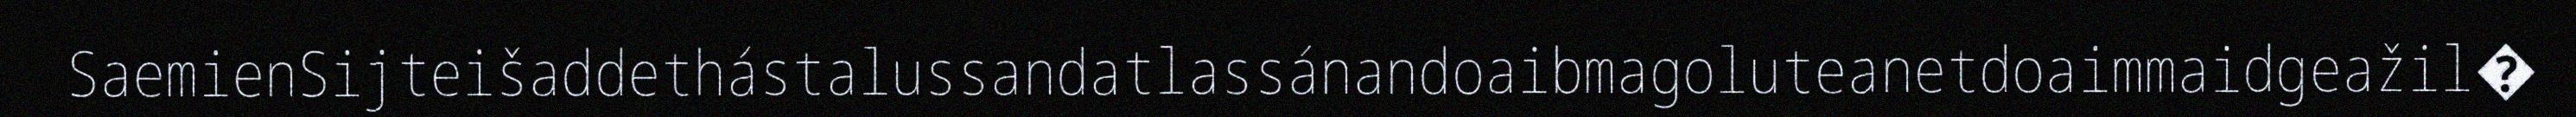
SaemienSijteišaddethástalussandatlassánandoaibmagoluteanetdoaimmaidgeažil�